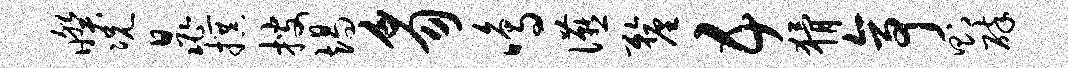
暌况晁撰搜竭豸鸣宴厘五猾亭则碎